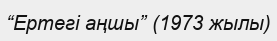
“Ертегі аңшы” (1973 жылы)